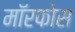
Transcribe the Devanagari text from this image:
मॉरफोस